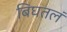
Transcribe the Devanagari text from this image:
बिघतलं